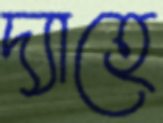
দ্যাহে